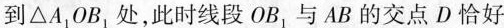
到\Delta A_{1}OB_{1}处，此时线段OB_{1}，与AB的交点D恰好